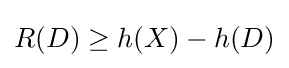
R(D)\geq h(X)-h(D)